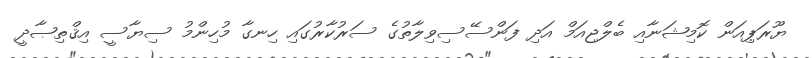
ޔޫރަޕިއަން ކޮމިޝަނާއި ބެލްޖިއަމް އަދި ފަންސޭސިވިލާތުގެ ސަރުކާރުގައި ހިނގާ މުހިންމު ސިޔާސީ އިޤްތިޞާދީ